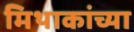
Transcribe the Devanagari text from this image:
मिथाकांच्या